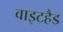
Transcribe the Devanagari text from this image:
वाइटहैड